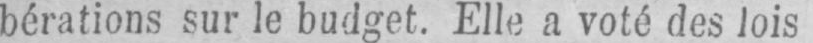
bérations sur le budget. Elle a voté des lois